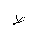
Letter: _da